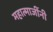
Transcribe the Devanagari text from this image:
महात्माजींनी